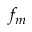
f _ { m }